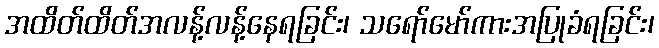
အထိတ်ထိတ်အလန့်လန့်နေရခြင်း၊ သရော်မော်ကားအပြုခံရခြင်း၊